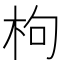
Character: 枸